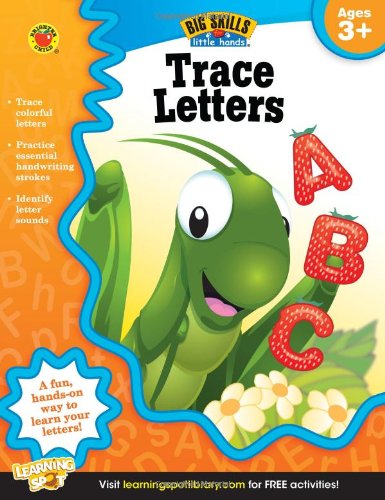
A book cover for Trace Letters Workbook, Grades Preschool - K (Big Skills for Little HandsÂ®); Children's Books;